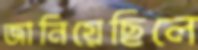
জানিয়েছিলে